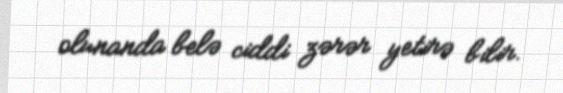
olunanda belə ciddi zərər yetirə bilir.